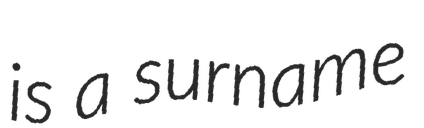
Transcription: is a surname